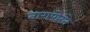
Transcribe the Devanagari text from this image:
तारापोरने